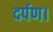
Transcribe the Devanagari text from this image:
दर्पण।